Indian journal of veterinary science and animal husbandry - Volume 2,
Year: 1932
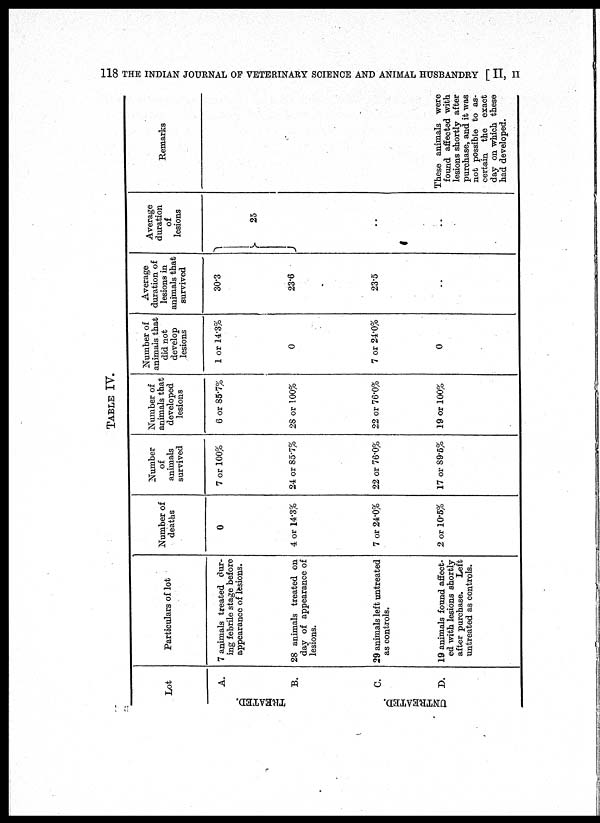
118 THE INDIAN JOURNAL OF VETERINARY SCIENCE AND ANIMAL HUSBANDRY [ II, II
TABLE IV.
Lot
TREATED.
UNTREATED.
A.
B.
C.
D.
Particulars of lot
7 animals treated dur-
ing febrile stage before
appearance of lesions.
28 animals treated on
day of appearance of
lesions.
29 animals left untreated
as controls.
19 animals found affect-
ed with lesions shortly
after purchase.
Left
untreated as controls.
Number of
deaths
0
4 or 14.3%
7 or 24.0%
2 or 10.5%
Number
of
animals
survived
7 or 100%
24 or 85.7%
22 or 76.0%
17 or 89.6%
Number of
animals that
developed
lesions
6 or 85.7%
28 or 100%
22 or 76.0%
19 or 100%
Number of
animals that
did not
develop
lesions
1 or 14.3%
0
7 or 24.0%
0
Average
duration of
lesions in
animals that
survived
30.3
23.6
23.5
..
Average
duration
of
lesions
}
25
..
..
Remarks
These animals were
found affected with
lesions shortly after
purchase, and it was
not possible to as-
certain the exact
day on which these
had developed.